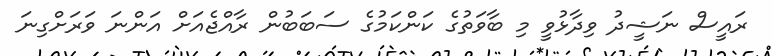
ރައީސް ނަޝީދު ވިދާޅުވީ މި ބާވަތުގެ ކަންކަމުގެ ސަބަބުން ރާއްޖެއަށް އަންނަ ވަރަށްގިނަ